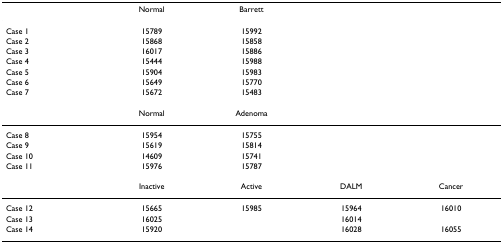
<table><thead><tr><td></td><td><b>Normal</b></td><td><b>Barrett</b></td><td></td><td></td></tr></thead><tbody><tr><td>Case 1</td><td>15789</td><td>15992</td><td></td><td></td></tr><tr><td>Case 2</td><td>15868</td><td>15858</td><td></td><td></td></tr><tr><td>Case 3</td><td>16017</td><td>15886</td><td></td><td></td></tr><tr><td>Case 4</td><td>15444</td><td>15988</td><td></td><td></td></tr><tr><td>Case 5</td><td>15904</td><td>15983</td><td></td><td></td></tr><tr><td>Case 6</td><td>15649</td><td>15770</td><td></td><td></td></tr><tr><td>Case 7</td><td>15672</td><td>15483</td><td></td><td></td></tr><tr><td></td><td>Normal</td><td>Adenoma</td><td></td><td></td></tr><tr><td>Case 8</td><td>15954</td><td>15755</td><td></td><td></td></tr><tr><td>Case 9</td><td>15619</td><td>15814</td><td></td><td></td></tr><tr><td>Case 10</td><td>14609</td><td>15741</td><td></td><td></td></tr><tr><td>Case 11</td><td>15976</td><td>15787</td><td></td><td></td></tr><tr><td></td><td>Inactive</td><td>Active</td><td>DALM</td><td>Cancer</td></tr><tr><td>Case 12</td><td>15665</td><td>15985</td><td>15964</td><td>16010</td></tr><tr><td>Case 13</td><td>16025</td><td></td><td>16014</td><td></td></tr><tr><td>Case 14</td><td>15920</td><td></td><td>16028</td><td>16055</td></tr></tbody></table>